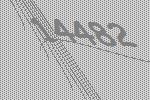
14482